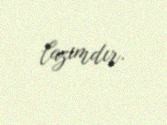
lazımdır.